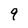
Character: q